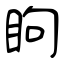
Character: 眗